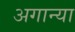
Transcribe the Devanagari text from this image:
अगान्या